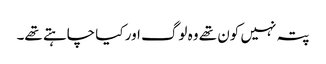
پتہ نہیں کون تھے وہ لوگ اور کیا چاہتے تھے۔